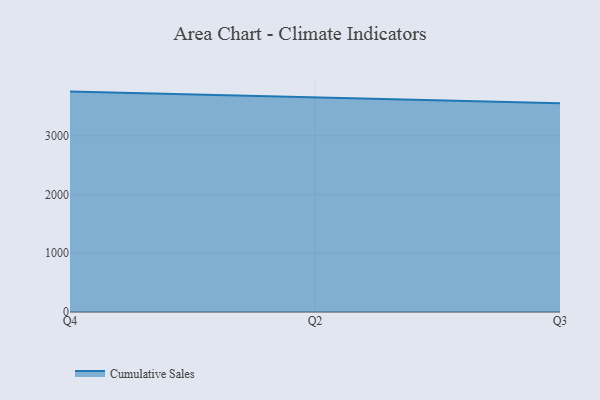
{"axis": {"x": "Quarter", "y": "Population (Million)"}, "legend": ["Cumulative Sales"], "data": [{"x": "Q4", "y": 3754.1, "type": "Cumulative Sales"}, {"x": "Q2", "y": 3660.8, "type": "Cumulative Sales"}, {"x": "Q3", "y": 3554.8, "type": "Cumulative Sales"}]}